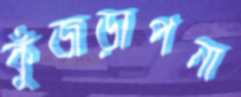
কুঁজড়াপনা